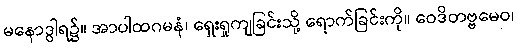
မနောဒွါရ၌။ အာပါထဂမနံ၊ ရှေးရှုကျခြင်းသို့ ရောက်ခြင်းကို။ ဝေဒိတဗ္ဗမေဝ၊